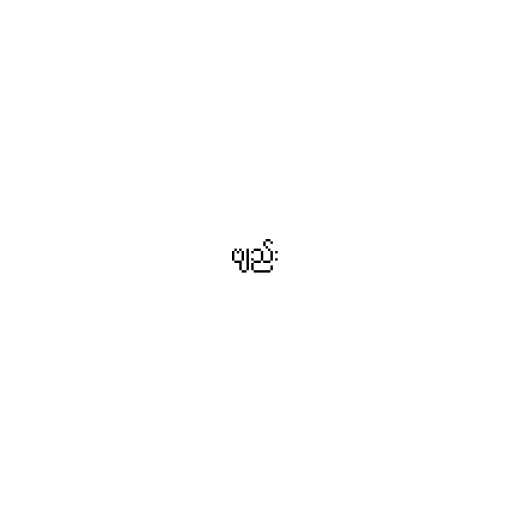
ဗျည်း